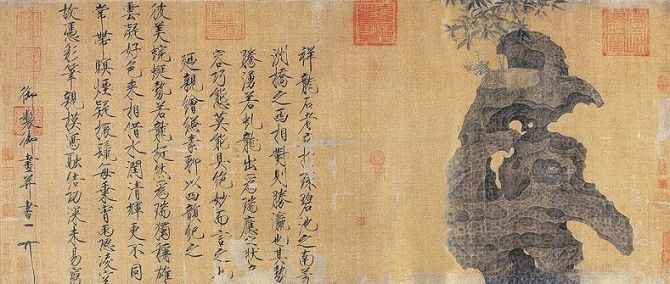
醉别西楼醒不记。春梦秋云，聚散真容易。